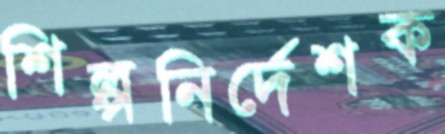
শিল্পনির্দেশক